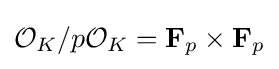
{\mathcal {O}}_{K}/p{\mathcal {O}}_{K}=\mathbf {F} _{p}\times \mathbf {F} _{p}